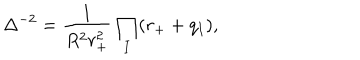
\Delta ^ { - 2 } = \frac { 1 } { R ^ { 2 } r _ { + } ^ { 2 } } \prod _ { I } ( r _ { + } + q _ { I } ) ,